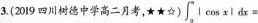
3.(2019四川树德中学高二月考，\star $$\int _ { 0 } ^ { \infty } | \cos x |d